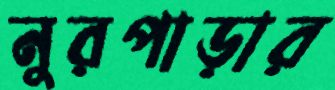
নুরপাড়ার